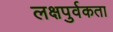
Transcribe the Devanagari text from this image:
लक्षपुर्वकता